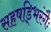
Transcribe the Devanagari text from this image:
सहषड्भिरंगैः